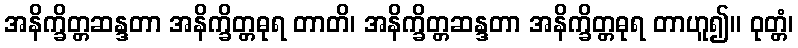
အနိက္ခိတ္တဆန္ဒတာ အနိက္ခိတ္တဓုရ တာတိ၊ အနိက္ခိတ္တဆန္ဒတာ အနိက္ခိတ္တဓုရ တာဟူ၍။ ဝုတ္တံ၊